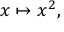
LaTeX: x \mapsto x ^ { 2 } ,